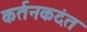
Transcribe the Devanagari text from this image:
कर्तनकदंत